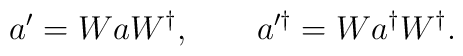
a' = W a W^{\dagger}, \qquad a^{\prime\dagger} = W a^{\dagger} W^{\dagger}.